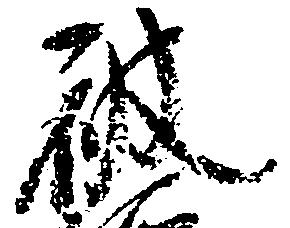
被